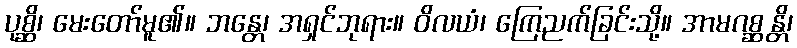
ပုစ္ဆိ၊ မေးတော်မူ၏။ ဘန္တေ၊ အရှင်ဘုရား။ ဝိလယံ၊ ကြေညက်ခြင်းသို့။ အာမဂစ္ဆန္တိ၊